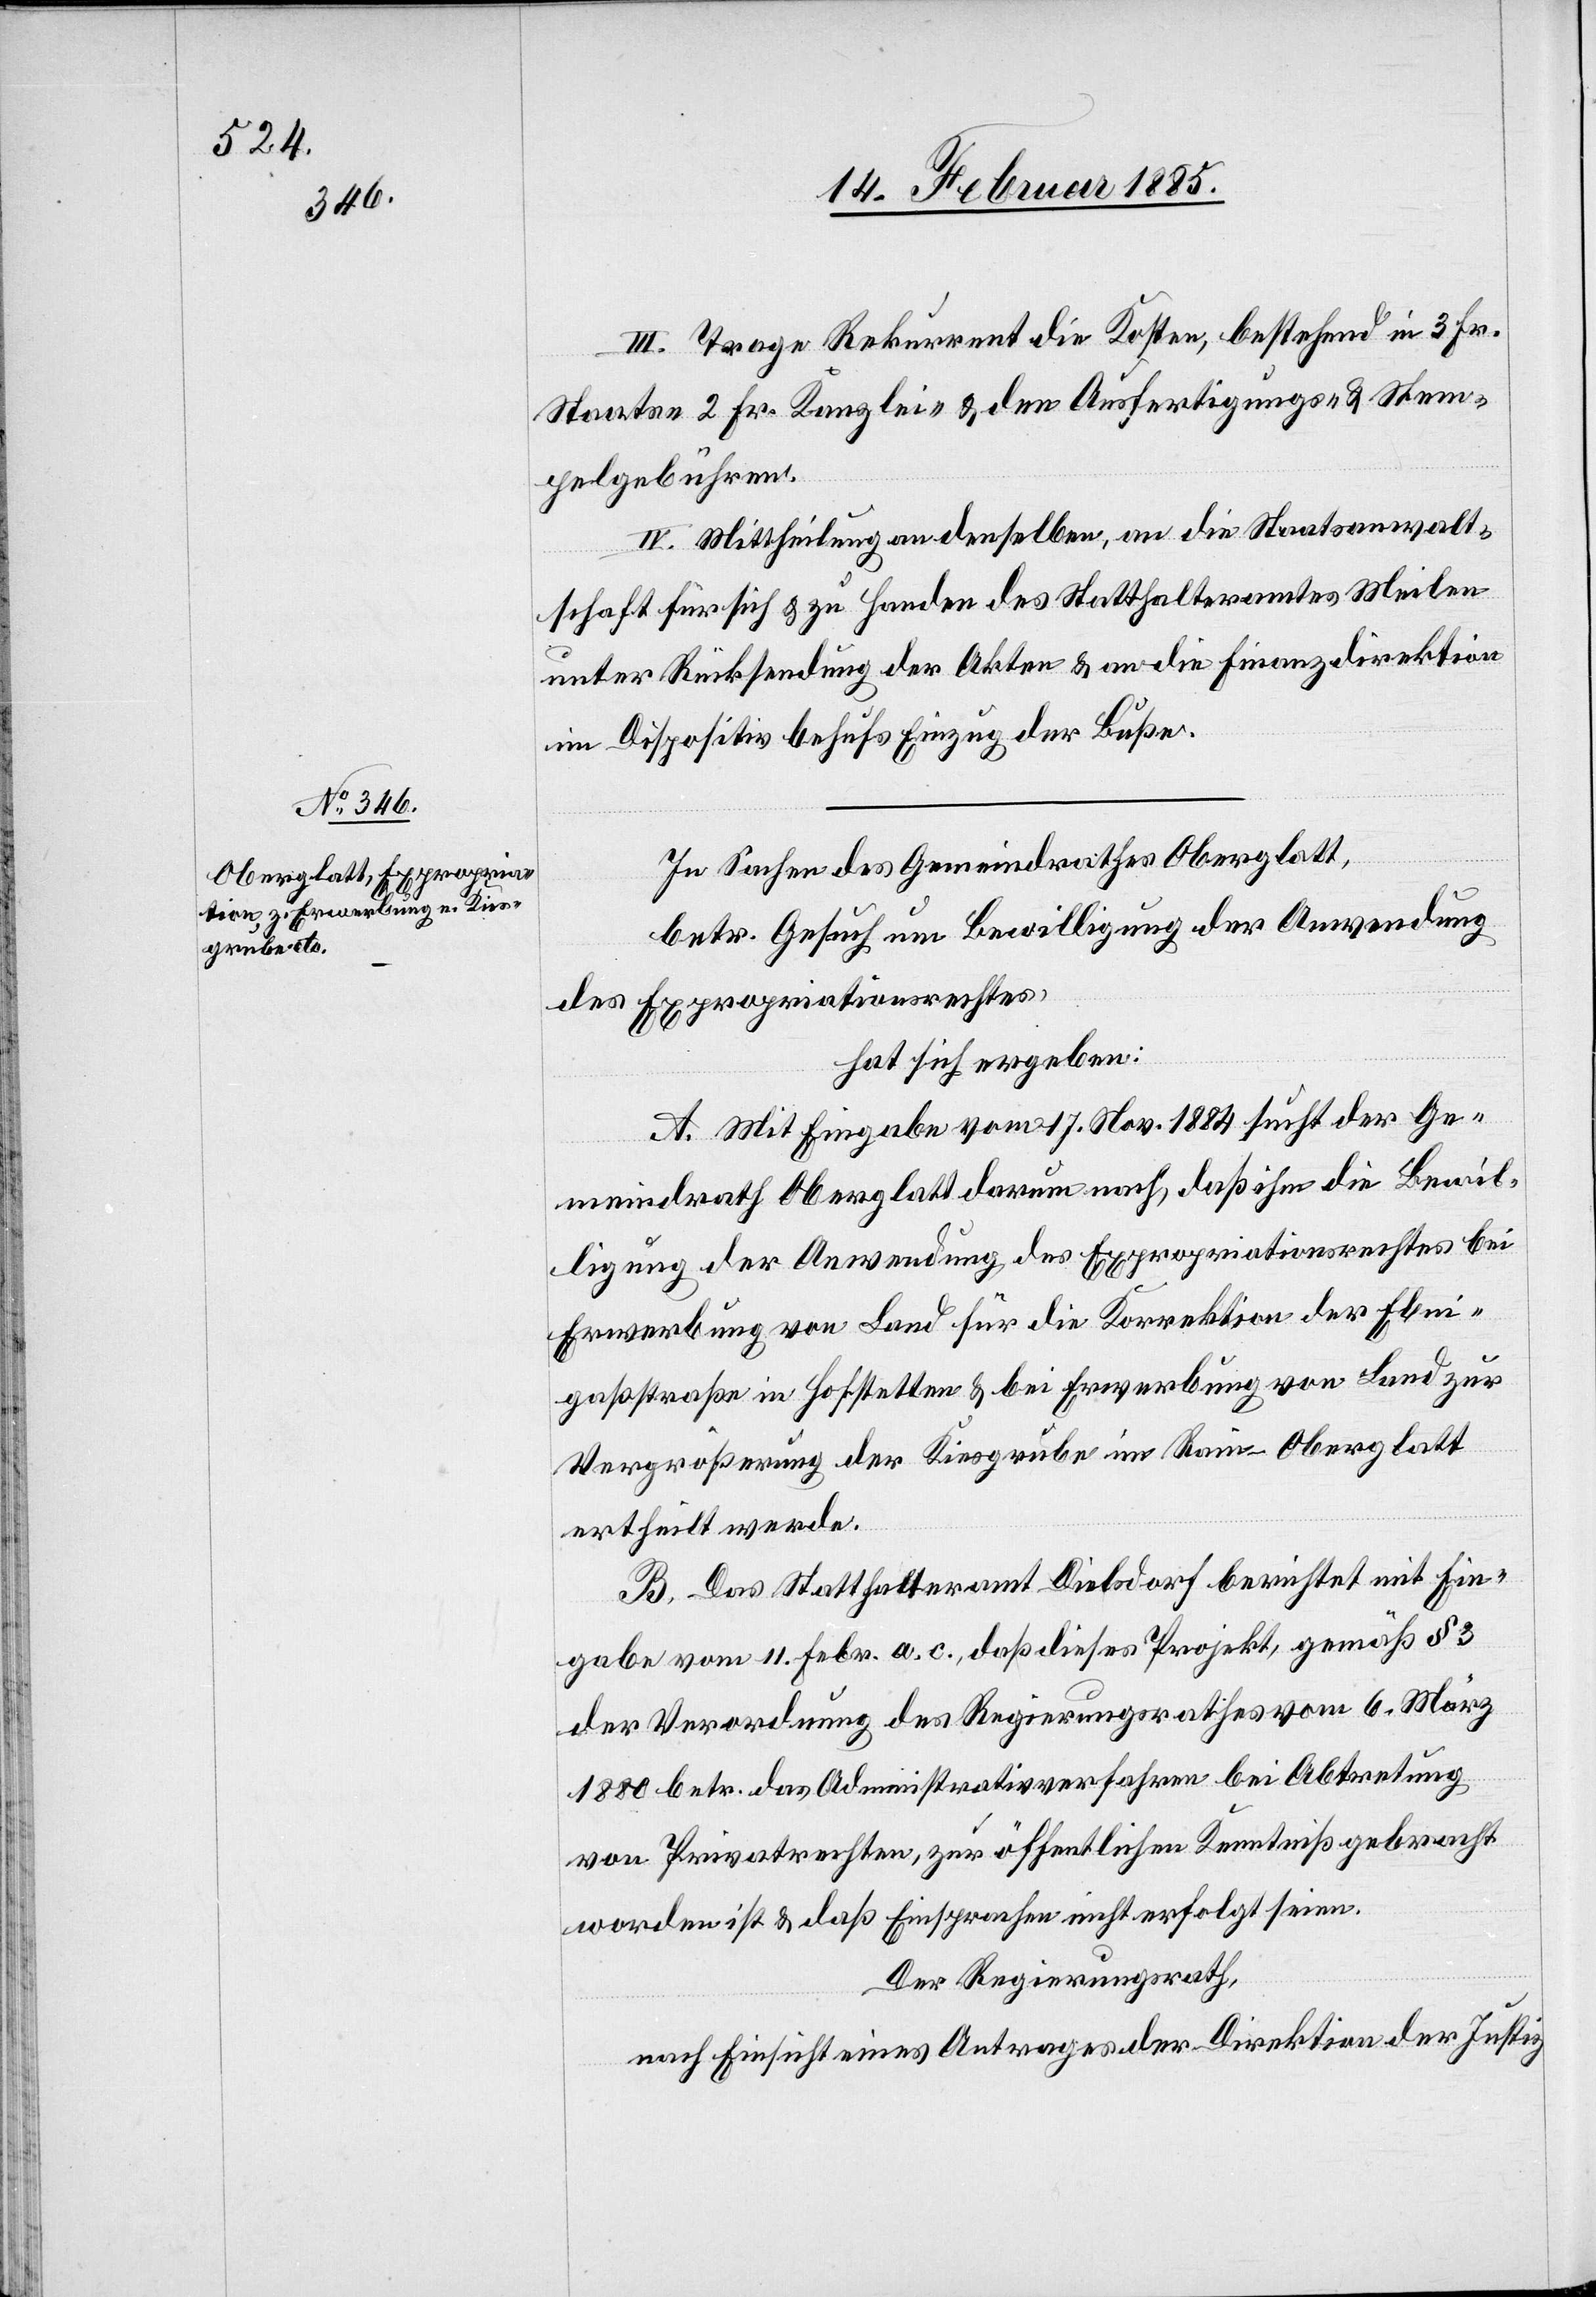
III. Trage Rekurrent die Kosten, bestehend in 3 Fr.
Staats-[,] 2 Fr. Kanzlei- & den Ausfertigungs- & Stem¬
pelgebühren.
IV. Mittheilung an denselben, an die Staatsanwalt¬
schaft für sich & zu Handen des Statthalteramtes Meilen
unter Rücksendung der Akten & an die Finanzdirektion
im Dispositiv behufs Einzug der Buße.
In Sachen des Gemeindrathes Oberglatt,
betr. Gesuch um Bewilligung der Anwendung
des Expropriationsrechtes,
hat sich ergeben:
A. Mit Eingabe vom 17. Nov. 1884 sucht der Ge¬
meindrath Oberglatt darum nach, daß ihm die Bewil¬
ligung der Anwendung des Expropriationsrechtes bei
Erwerbung von Land für die Korrektion der Ebni¬
gaßstraße in Hofstetten & bei Erwerbung von Land zur
Vergrößerung der Kiesgrube im Rain - Oberglatt
ertheilt werde.
B. Das Statthalteramt Dielsdorf berichtet mit Ein¬
gabe vom 11. Febr. a. c., daß dieses Projekt, gemäß § 3
der Verordnung des Regierungsrathes vom 6. März
1880 betr. das Administrativverfahren bei Abtretung
von Privatrechten, zur öffentlichen Kenntniß gebracht
worden ist & daß Einsprachen nicht erfolgt seien.
Der Regierungsrath,
nach Einsicht eines Antrages der Direktion der Justiz